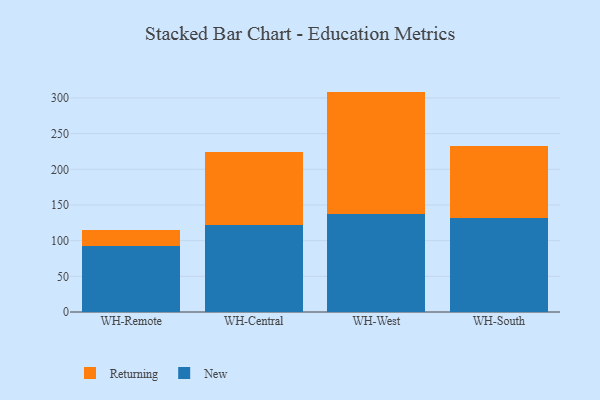
{"axis": {"x": "Warehouse", "y": "Churn Rate (%)"}, "legend": ["New", "Returning"], "data": [{"x": "WH-Remote", "y": 92.7, "type": "New"}, {"x": "WH-Remote", "y": 22.3, "type": "Returning"}, {"x": "WH-Central", "y": 121.3, "type": "New"}, {"x": "WH-Central", "y": 102.3, "type": "Returning"}, {"x": "WH-West", "y": 136.7, "type": "New"}, {"x": "WH-West", "y": 172.2, "type": "Returning"}, {"x": "WH-South", "y": 131.3, "type": "New"}, {"x": "WH-South", "y": 101.1, "type": "Returning"}]}